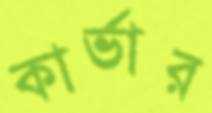
কার্ভার